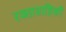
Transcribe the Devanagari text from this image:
रक्तावाहिकी